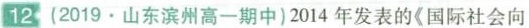
12(2019.山东滨州高一期中)2014年发表的《国际社会向